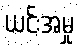
ယင်းအမှု